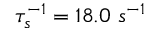
\tau _ { s } ^ { - 1 } = 1 8 . 0 ~ s ^ { - 1 }